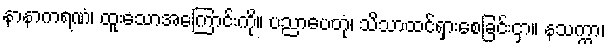
နာနာကရဏံ၊ ထူးသောအကြောင်းကို။ ပညာပေတုံ၊ သိသာထင်ရှားစေခြင်းငှာ။ နသက္ကာ၊